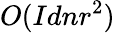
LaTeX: O(Idnr^{2})